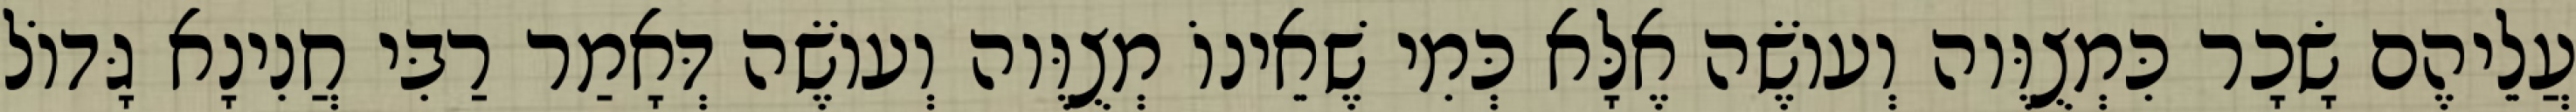
עֲלֵיהֶם שָׂכָר כִּמְצֻוֶּוה וְעוֹשֶׂה אֶלָּא כְּמִי שֶׁאֵינוֹ מְצֻוֶּוה וְעוֹשֶׂה דְּאָמַר רַבִּי חֲנִינָא גָּדוֹל